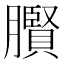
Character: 臔